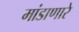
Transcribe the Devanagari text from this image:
मांडाणारे